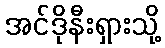
အင်ဒိုနီးရှားသို့